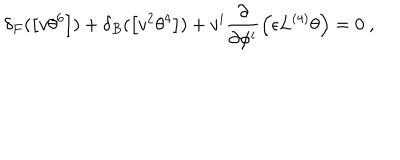
\delta _ { F } ( \left[ v \theta ^ { 6 } \right] ) + \delta _ { B } ( \left[ v ^ { 2 } \theta ^ { 4 } \right] ) + v ^ { i } \frac { \partial } { \partial \phi ^ { i } } \left( \epsilon L ^ { ( 4 ) } \theta \right) = 0 ~ ,